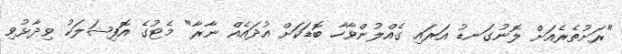
"ރަށުތެރެއަށް ލޮނުގަނޑު އަރައި ގެއްލުންވާހާ ބޮޑަކަށް އުދައެއް ނާރާ" މެޓުގެ އޮފިޝަލަކު ވިދާޅުވި